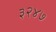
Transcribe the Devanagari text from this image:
३२४७